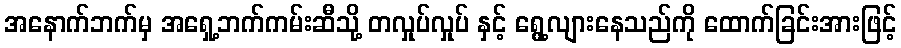
အနောက်ဘက်မှ အရှေ့ဘက်ကမ်းဆီသို့ တလှုပ်လှုပ် နှင့် ရွေ့လျားနေသည်ကို ထောက်ခြင်းအားဖြင့်